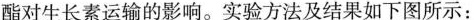
酯对生长素运输的影响。实验方法及结果如下图所示：